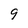
Character: 9